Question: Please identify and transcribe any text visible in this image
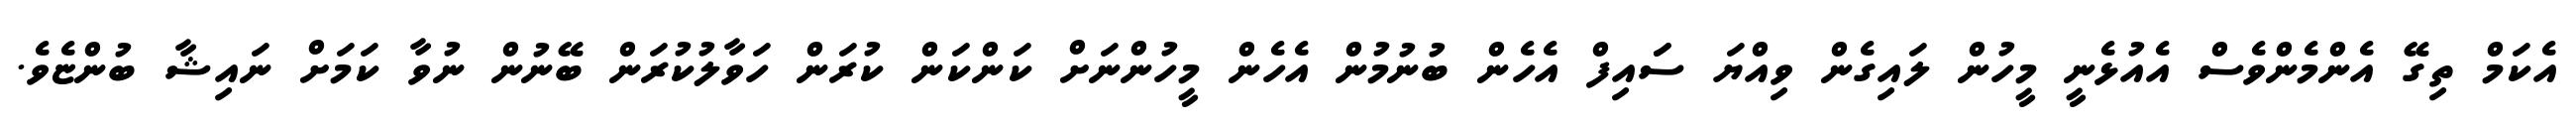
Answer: އެކަމް ތިގޭ އެންމެންވެސް އެއުޅެނީ މީހުން ލައިގެން ވިއްޔަ ސަައިފް އެހެން ބުނުމުން އެހެން މީހުންނަށް ކަންކަން ކުރަން ހަވާލުކުރަން ބޭނުން ނުވާ ކަމަށް ނައިޝާ ބުންޏެވެ.